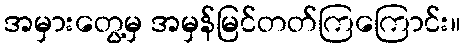
အမှားတွေ့မှ အမှန်မြင်တတ်ကြကြောင်း။